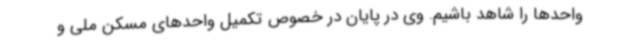
واحدها را شاهد باشیم. وی در پایان در خصوص تکمیل واحدهای مسکن ملی و